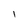
Character: l